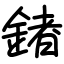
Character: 鍺